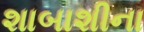
શાબાશીના